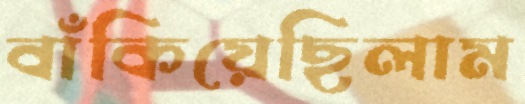
বাঁকিয়েছিলাম